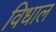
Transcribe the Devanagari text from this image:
विधाल